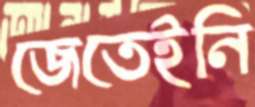
জেতেইনি